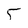
Character: 5